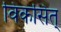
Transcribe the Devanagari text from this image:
विकसित्